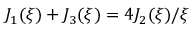
J _ { 1 } ( \xi ) + J _ { 3 } ( \xi ) = 4 J _ { 2 } ( \xi ) / \xi